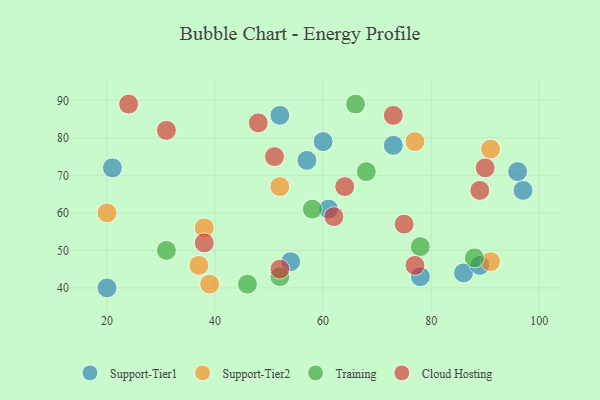
{"axis": {"x": "GDP", "y": "Life Expectancy"}, "legend": ["Cloud Hosting", "Support-Tier1", "Support-Tier2", "Training"], "data": [{"x": "78", "y": 43, "type": "Support-Tier1"}, {"x": "86", "y": 44, "type": "Support-Tier1"}, {"x": "73", "y": 78, "type": "Support-Tier1"}, {"x": "61", "y": 61, "type": "Support-Tier1"}, {"x": "97", "y": 66, "type": "Support-Tier1"}, {"x": "60", "y": 79, "type": "Support-Tier1"}, {"x": "96", "y": 71, "type": "Support-Tier1"}, {"x": "57", "y": 74, "type": "Support-Tier1"}, {"x": "52", "y": 86, "type": "Support-Tier1"}, {"x": "21", "y": 72, "type": "Support-Tier1"}, {"x": "54", "y": 47, "type": "Support-Tier1"}, {"x": "20", "y": 40, "type": "Support-Tier1"}, {"x": "89", "y": 46, "type": "Support-Tier1"}, {"x": "38", "y": 56, "type": "Support-Tier2"}, {"x": "91", "y": 47, "type": "Support-Tier2"}, {"x": "52", "y": 67, "type": "Support-Tier2"}, {"x": "39", "y": 41, "type": "Support-Tier2"}, {"x": "20", "y": 60, "type": "Support-Tier2"}, {"x": "37", "y": 46, "type": "Support-Tier2"}, {"x": "91", "y": 77, "type": "Support-Tier2"}, {"x": "77", "y": 79, "type": "Support-Tier2"}, {"x": "68", "y": 71, "type": "Training"}, {"x": "88", "y": 48, "type": "Training"}, {"x": "31", "y": 50, "type": "Training"}, {"x": "66", "y": 89, "type": "Training"}, {"x": "58", "y": 61, "type": "Training"}, {"x": "52", "y": 43, "type": "Training"}, {"x": "78", "y": 51, "type": "Training"}, {"x": "46", "y": 41, "type": "Training"}, {"x": "62", "y": 59, "type": "Cloud Hosting"}, {"x": "90", "y": 72, "type": "Cloud Hosting"}, {"x": "38", "y": 52, "type": "Cloud Hosting"}, {"x": "73", "y": 86, "type": "Cloud Hosting"}, {"x": "51", "y": 75, "type": "Cloud Hosting"}, {"x": "31", "y": 82, "type": "Cloud Hosting"}, {"x": "52", "y": 45, "type": "Cloud Hosting"}, {"x": "24", "y": 89, "type": "Cloud Hosting"}, {"x": "89", "y": 66, "type": "Cloud Hosting"}, {"x": "75", "y": 57, "type": "Cloud Hosting"}, {"x": "77", "y": 46, "type": "Cloud Hosting"}, {"x": "48", "y": 84, "type": "Cloud Hosting"}, {"x": "64", "y": 67, "type": "Cloud Hosting"}]}